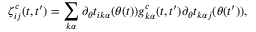
\zeta _ { i j } ^ { c } ( t , t ^ { \prime } ) = \sum _ { k \alpha } \partial _ { \theta } t _ { i k \alpha } ( \theta ( t ) ) g _ { k \alpha } ^ { c } ( t , t ^ { \prime } ) \partial _ { \theta } t _ { k \alpha j } ( \theta ( t ^ { \prime } ) ) ,